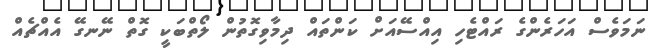
ނަމަވެސް އަހަރެންގެ ރައްޓެހި އިއްސޭއަށް ކަންތައް ދިމާވިގޮތުން ލޯތްބަކީ ގޮތް ނޭނގޭ އެއްޗެއް